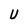
Character: U